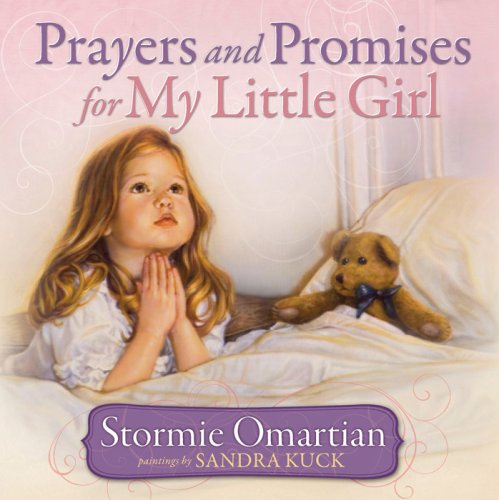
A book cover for Prayers and Promises for My Little Girl; Stormie Omartian; Children's Books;